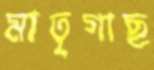
মাতৃগাছ